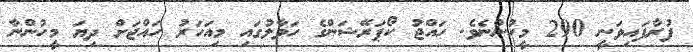
ފުރާފައިވަނީ 290 މީހުންނެވެ. ހައްޖު ކޯޕަރޭޝަންގެ ހަވާލުގައި މިއަހަރު ހައްޖަށް ދިޔަ މީހުންނާ